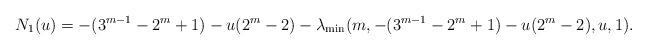
LaTeX: \begin{align*} N_1(u) = -(3^{m-1}-2^m+1) -u(2^m-2) -\lambda_{\min}(m, -(3^{m-1}-2^m+1) -u(2^m-2), u, 1).\end{align*}